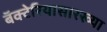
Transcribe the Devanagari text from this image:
बॅक्टेरियासारख्या